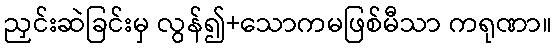
ညှင်းဆဲခြင်းမှ လွန်၍+သောကမဖြစ်မီသာ ကရုဏာ။